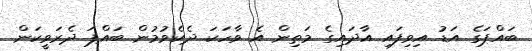
ބައްޕަގެ އަޑު އިވިފައި އާދައިގެ މަތިން އެ ވާހަކަ ދެކެވުމުން ބައްޕަ ދެރަވީކަން